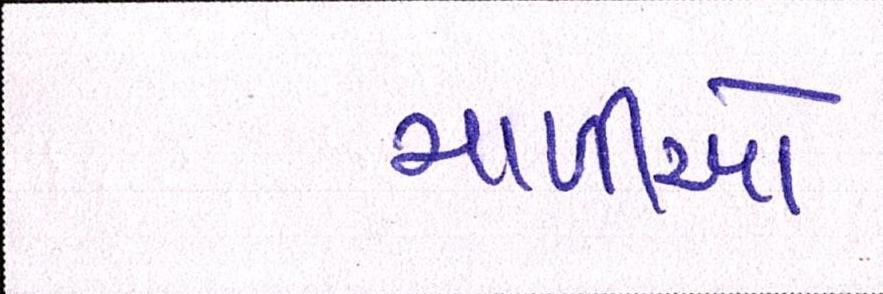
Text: માળીઓ